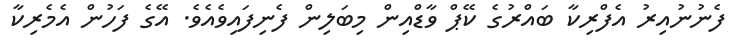
ފެނުނުއިރު އެފްރިކާ ބައްރުގެ ކޭޕް ވާޑްއިން މިބަލިން ފެނިފައިވެއެވެ. އޭގެ ފަހުން އެމެރިކާ